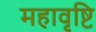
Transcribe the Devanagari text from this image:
महावृष्टि